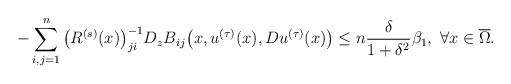
LaTeX: \begin{align*} -\sum_{i,j=1}^n \big ( R^{(s)}(x) \big )^{-1}_{ji} D_z B_{ij}\big ( x, u^{(\tau)}(x), Du^{(\tau)}(x) \big ) \leq n \frac{\delta}{1+\delta^2} \beta_1, \ \forall x \in \overline{\Omega}.\end{align*}